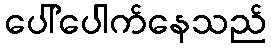
ပေါ်ပေါက်နေသည်